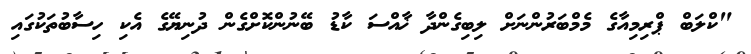
"ކްލަބް ޕްރިމިއާގެ މެމްބަރުންނަށް ލިބިގެންދާ ޚާއްސަ ކާޑު ބޭނުންކޮށްގެން ދުނިޔޭގެ އެކި ހިސާބުތަކުގައި